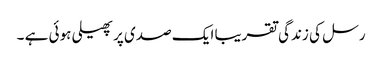
رسل کی زندگی تقریبا ایک صدی پر پھیلی ہوئی ہے ۔